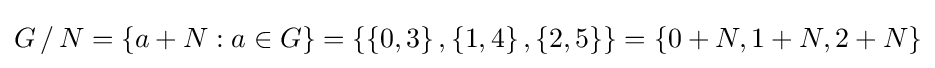
G\,/\,N=\left\{a+N:a\in G\right\}=\left\{\left\{0,3\right\},\left\{1,4\right\},\left\{2,5\right\}\right\}=\left\{0+N,1+N,2+N\right\}